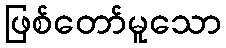
ဖြစ်တော်မူသော